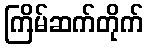
ကြိမ်ဆက်တိုက်